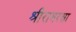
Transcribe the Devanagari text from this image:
श्रीरामरक्षा